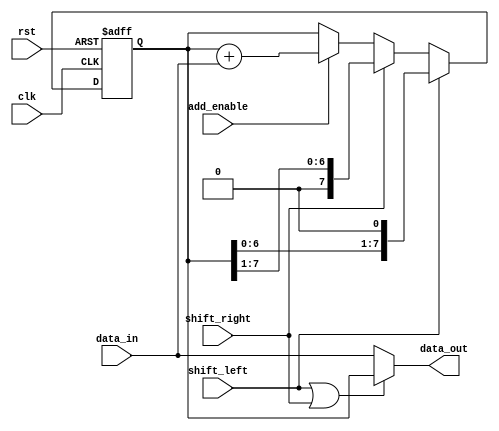
module shift_and_add_register (
    input wire clk,        // Clock input
    input wire rst,        // Reset input
    input wire [7:0] data_in,   // Input data
    input wire shift_left,      // Control signal for shifting left
    input wire shift_right,     // Control signal for shifting right
    input wire add_enable,      // Control signal for addition
    output reg [7:0] data_out   // Output data
);

reg [7:0] reg_data;         // Register to store data

always @(posedge clk or posedge rst) begin
    if (rst) begin
        reg_data <= 8'b00000000;     // Reset the register data
    end else begin
        if (shift_left) begin
            reg_data <= {reg_data[6:0], 1'b0};  // Shift data left
        end else if (shift_right) begin
            reg_data <= {1'b0, reg_data[7:1]};  // Shift data right
        end else if (add_enable) begin
            reg_data <= reg_data + data_in;    // Perform addition
        end
    end
end

assign data_out = (shift_left || shift_right) ? reg_data : data_in;  // Output shifted data or original data based on control signals

endmodule